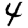
Digit: 4